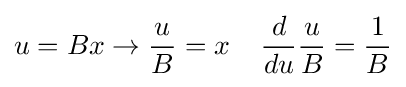
u=Bx\rightarrow {\frac {u}{B}}=x\;\;\;\;{\frac {d}{du}}{\frac {u}{B}}={\frac {1}{B}}